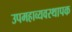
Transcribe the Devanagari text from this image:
उपमहाव्यवस्थापक